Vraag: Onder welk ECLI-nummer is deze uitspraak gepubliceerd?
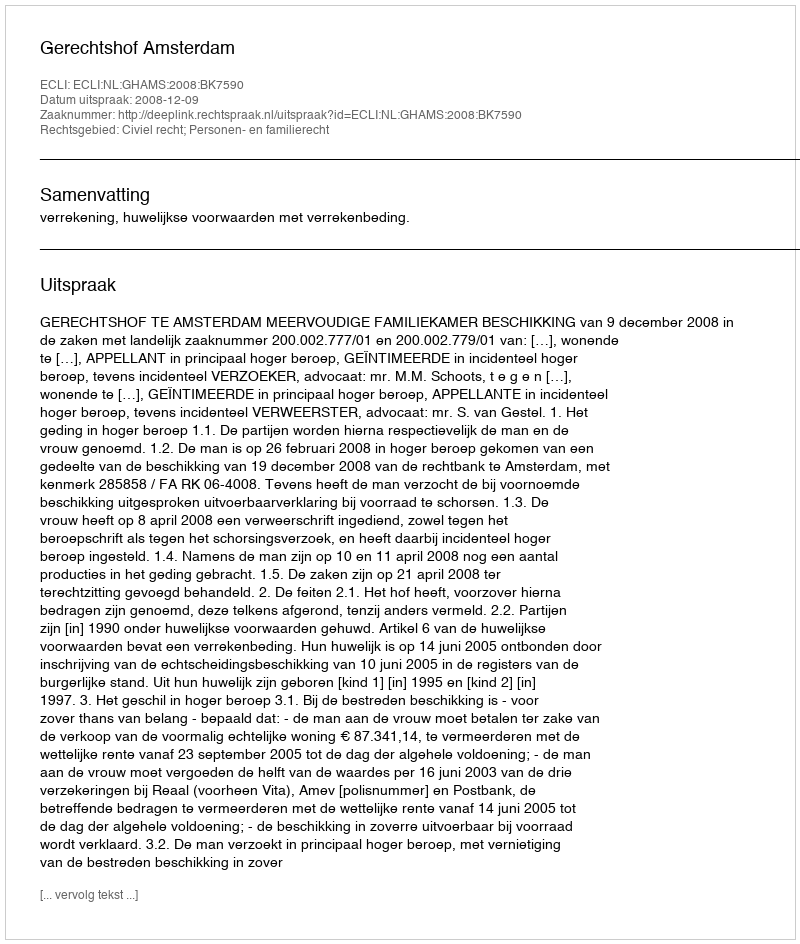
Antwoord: ECLI:NL:GHAMS:2008:BK7590